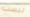
ليست